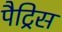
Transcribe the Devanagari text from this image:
पैट्रिस